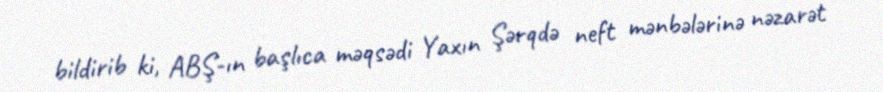
bildirib ki, ABŞ-ın başlıca məqsədi Yaxın Şərqdə neft mənbələrinə nəzarət